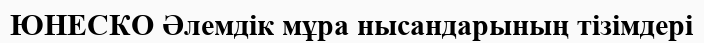
ЮНЕСКО Әлемдік мұра нысандарының тізімдері